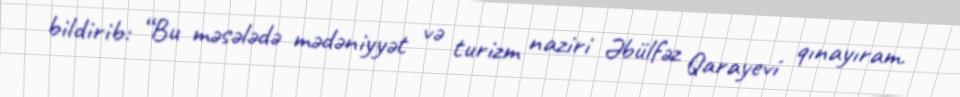
bildirib: “Bu məsələdə mədəniyyət və turizm naziri Əbülfəz Qarayevi qınayıram.